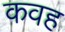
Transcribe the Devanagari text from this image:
कवह